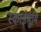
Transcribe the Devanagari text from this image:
स्काईभूमि